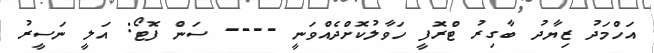
އަހްމަދު ޒިޔާދު ބާގިރު ޓްރޮފީ ހަވާލުކޮށްދެއްވަނީ ---- ސަން ފޮޓޯ: އަލީ ނަސީރު